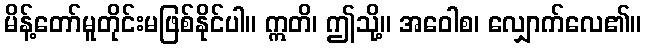
မိန့်တော်မူတိုင်းမဖြစ်နိုင်ပါ။ ဣတိ၊ ဤသို့။ အဝေါစ၊ လျှောက်လေ၏။